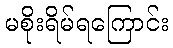
မစိုးရိမ်ရကြောင်း